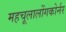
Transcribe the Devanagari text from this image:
महचूलालोंगकोर्नर